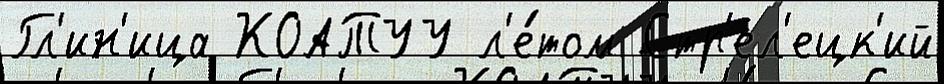
Гл'ин'ица КОАТУУ л'е́том Стр'ел'ецк'ий